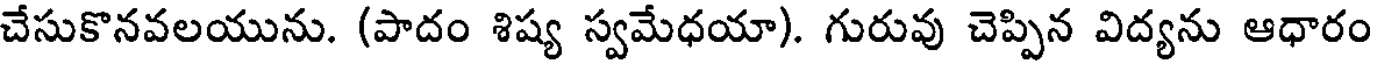
చేసుకొనవలయును. (పాదం శిష్య స్వమేధయా). గురువు చెప్పిన విద్యను ఆధారం